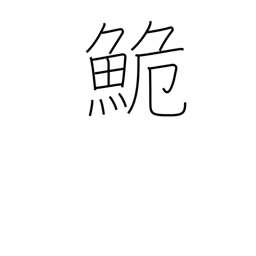
Meaning: dace (carp)